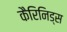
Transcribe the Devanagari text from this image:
कैरिनिड्स